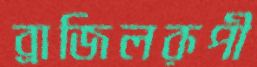
ব্রাজিলরূপী